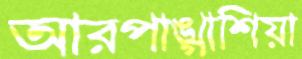
আরপাঙ্গাশিয়া